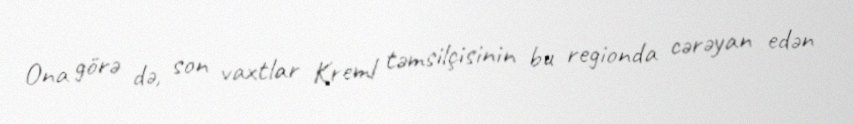
Ona görə də, son vaxtlar Kreml təmsilçisinin bu regionda cərəyan edən